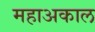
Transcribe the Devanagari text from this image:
महाअकाल